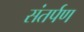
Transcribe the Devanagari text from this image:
संतर्पण